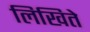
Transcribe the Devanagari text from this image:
लिखिते